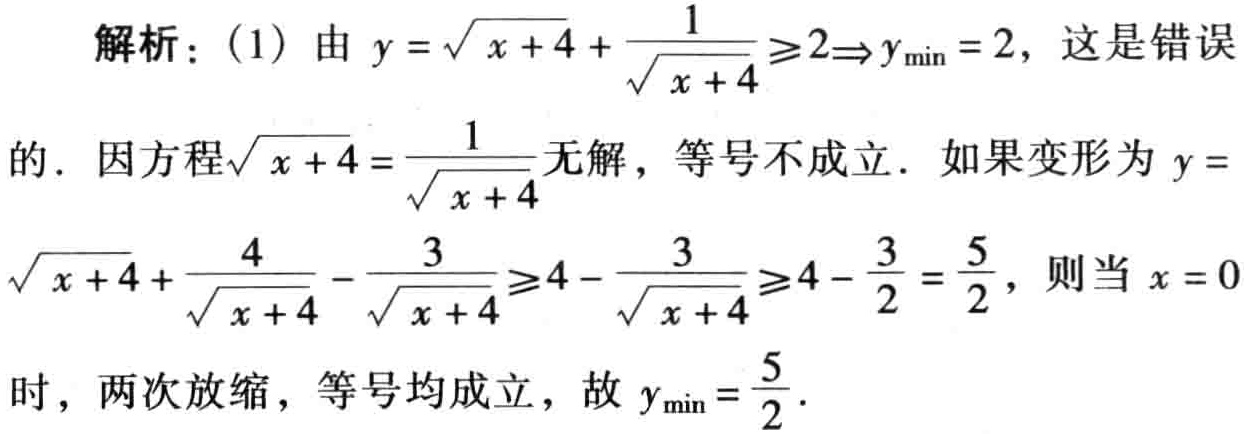
解析：(1) 由 \(y = \sqrt{x + 4}+\frac{1}{\sqrt{x + 4}}\geqslant2\Rightarrow y_{\min}=2\)，这是错误
的. 因方程\(\sqrt{x + 4}=\frac{1}{\sqrt{x + 4}}\)无解，等号不成立. 如果变形为 \(y =\)
\(\sqrt{x + 4}+\frac{4}{\sqrt{x + 4}}-\frac{3}{\sqrt{x + 4}}\geqslant4-\frac{3}{\sqrt{x + 4}}\geqslant4-\frac{3}{2}=\frac{5}{2}\)，则当 \(x = 0\)
时，两次放缩，等号均成立，故 \(y_{\min}=\frac{5}{2}\).